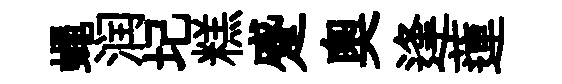
蠅润圮糕蹙奧逢蓮